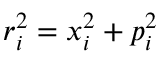
r _ { i } ^ { 2 } = x _ { i } ^ { 2 } + p _ { i } ^ { 2 }